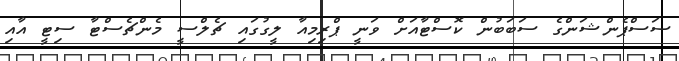
ސަސްޕެންޝަންގެ ސަބަބުން ކޮސްޓާއަށް ވަނީ ޕްރިމިއާ ލީގުގައި ޗެލްސީ މެންޗެސްޓާ ސިޓީ އާއި